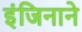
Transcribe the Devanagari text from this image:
इंजिनाने